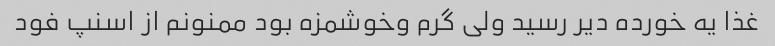
غذا یه خورده دیر رسید ولی گرم وخوشمزه بود ممنونم از اسنپ فود